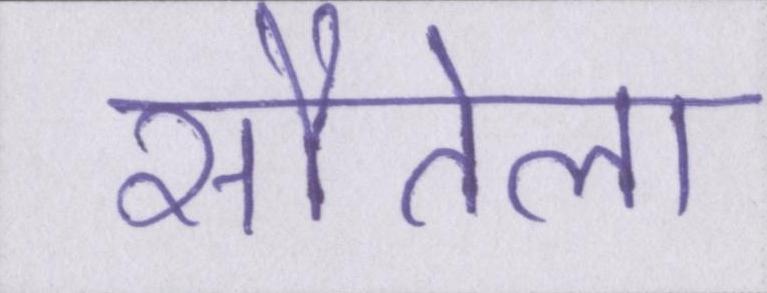
सौतेला